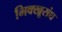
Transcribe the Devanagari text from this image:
भिक्खूसंघ